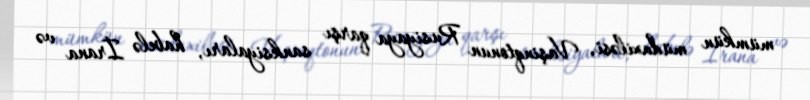
mümkün müdaxiləsi, Vaşinqtonun Rusiyaya qarşı sanksiyaları, habelə İrana və